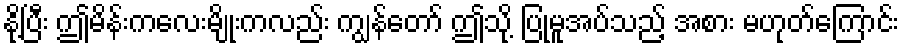
နို့ပြီး ဤမိန်းကလေးမျိုးကလည်း ကျွန်တော် ဤသို့ ပြုမူအပ်သည့် အစား မဟုတ်ကြောင်း